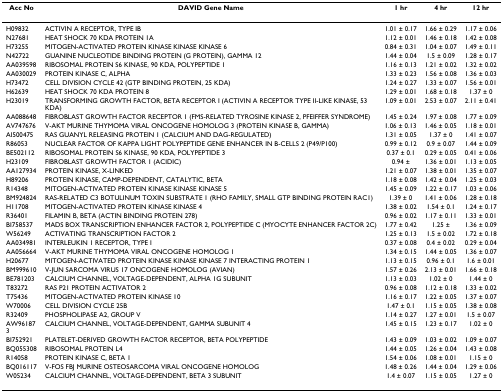
<table><thead><tr><td><b>Acc No</b></td><td><b>DAVID Gene Name</b></td><td><b>1 hr</b></td><td><b>4 hr</b></td><td><b>12 hr</b></td></tr></thead><tbody><tr><td>H09832</td><td>ACTIVIN A RECEPTOR, TYPE IB</td><td>1.01 ± 0.17</td><td>1.66 ± 0.29</td><td>1.17 ± 0.06</td></tr><tr><td>N27681</td><td>HEAT SHOCK 70 KDA PROTEIN 1A</td><td>1.12 ± 0.01</td><td>1.46 ± 0.18</td><td>1.42 ± 0.08</td></tr><tr><td>H73255</td><td>MITOGEN-ACTIVATED PROTEIN KINASE KINASE KINASE 6</td><td>0.84 ± 0.31</td><td>1.04 ± 0.07</td><td>1.49 ± 0.11</td></tr><tr><td>N42722</td><td>GUANINE NUCLEOTIDE BINDING PROTEIN (G PROTEIN), GAMMA 12</td><td>1.44 ± 0.04</td><td>1.5 ± 0.09</td><td>1.28 ± 0.17</td></tr><tr><td>AA039598</td><td>RIBOSOMAL PROTEIN S6 KINASE, 90 KDA, POLYPEPTIDE 1</td><td>1.16 ± 0.13</td><td>1.21 ± 0.02</td><td>1.32 ± 0.02</td></tr><tr><td>AA030029</td><td>PROTEIN KINASE C, ALPHA</td><td>1.33 ± 0.23</td><td>1.56 ± 0.08</td><td>1.36 ± 0.03</td></tr><tr><td>H73472</td><td>CELL DIVISION CYCLE 42 (GTP BINDING PROTEIN, 25 KDA)</td><td>1.24 ± 0.27</td><td>1.33 ± 0.07</td><td>1.56 ± 0.01</td></tr><tr><td>H62639</td><td>HEAT SHOCK 70 KDA PROTEIN 8</td><td>1.29 ± 0.01</td><td>1.68 ± 0.18</td><td>1.37 ± 0</td></tr><tr><td>H23019</td><td>TRANSFORMING GROWTH FACTOR, BETA RECEPTOR I (ACTIVIN A RECEPTOR TYPE II-LIKE KINASE, 53 KDA)</td><td>1.09 ± 0.01</td><td>2.53 ± 0.07</td><td>2.11 ± 0.41</td></tr><tr><td>AA088648</td><td>FIBROBLAST GROWTH FACTOR RECEPTOR 1 (FMS-RELATED TYROSINE KINASE 2, PFEIFFER SYNDROME)</td><td>1.45 ± 0.24</td><td>1.97 ± 0.08</td><td>1.77 ± 0.09</td></tr><tr><td>AV747676</td><td>V-AKT MURINE THYMOMA VIRAL ONCOGENE HOMOLOG 3 (PROTEIN KINASE B, GAMMA)</td><td>1.06 ± 0.13</td><td>1.46 ± 0.05</td><td>1.18 ± 0.01</td></tr><tr><td>AI500475</td><td>RAS GUANYL RELEASING PROTEIN 1 (CALCIUM AND DAG-REGULATED)</td><td>1.31 ± 0.05</td><td>1.37 ± 0</td><td>1.41 ± 0.07</td></tr><tr><td>R86053</td><td>NUCLEAR FACTOR OF KAPPA LIGHT POLYPEPTIDE GENE ENHANCER IN B-CELLS 2 (P49/P100)</td><td>0.99 ± 0.12</td><td>0.9 ± 0.07</td><td>1.44 ± 0.09</td></tr><tr><td>BE502112</td><td>RIBOSOMAL PROTEIN S6 KINASE, 90 KDA, POLYPEPTIDE 3</td><td>0.37 ± 0.1</td><td>0.29 ± 0.05</td><td>0.41 ± 0.06</td></tr><tr><td>H23109</td><td>FIBROBLAST GROWTH FACTOR 1 (ACIDIC)</td><td>0.94 ±</td><td>1.36 ± 0.01</td><td>1.13 ± 0.05</td></tr><tr><td>AA127934</td><td>PROTEIN KINASE, X-LINKED</td><td>1.21 ± 0.07</td><td>1.38 ± 0.01</td><td>1.35 ± 0.07</td></tr><tr><td>H89206</td><td>PROTEIN KINASE, CAMP-DEPENDENT, CATALYTIC, BETA</td><td>1.18 ± 0.08</td><td>1.42 ± 0.04</td><td>1.25 ± 0.03</td></tr><tr><td>R14348</td><td>MITOGEN-ACTIVATED PROTEIN KINASE KINASE KINASE 5</td><td>1.45 ± 0.09</td><td>1.22 ± 0.17</td><td>1.03 ± 0.06</td></tr><tr><td>BM924824</td><td>RAS-RELATED C3 BOTULINUM TOXIN SUBSTRATE 1 (RHO FAMILY, SMALL GTP BINDING PROTEIN RAC1)</td><td>1.39 ± 0</td><td>1.41 ± 0.06</td><td>1.28 ± 0.18</td></tr><tr><td>H11708</td><td>MITOGEN-ACTIVATED PROTEIN KINASE KINASE 4</td><td>1.38 ± 0.02</td><td>1.54 ± 0.1</td><td>1.24 ± 0.17</td></tr><tr><td>R36401</td><td>FILAMIN B, BETA (ACTIN BINDING PROTEIN 278)</td><td>0.96 ± 0.02</td><td>1.17 ± 0.11</td><td>1.33 ± 0.01</td></tr><tr><td>BI758537</td><td>MADS BOX TRANSCRIPTION ENHANCER FACTOR 2, POLYPEPTIDE C (MYOCYTE ENHANCER FACTOR 2C)</td><td>1.77 ± 0.42</td><td>1.25 ±</td><td>1.36 ± 0.09</td></tr><tr><td>W56249</td><td>ACTIVATING TRANSCRIPTION FACTOR 2</td><td>1.25 ± 0.13</td><td>1.5 ± 0.02</td><td>1.72 ± 0.18</td></tr><tr><td>AA034981</td><td>INTERLEUKIN 1 RECEPTOR, TYPE I</td><td>0.37 ± 0.08</td><td>0.4 ± 0.02</td><td>0.29 ± 0.04</td></tr><tr><td>AA056664</td><td>V-AKT MURINE THYMOMA VIRAL ONCOGENE HOMOLOG 1</td><td>1.34 ± 0.15</td><td>1.44 ± 0.05</td><td>1.36 ± 0.07</td></tr><tr><td>H20677</td><td>MITOGEN-ACTIVATED PROTEIN KINASE KINASE KINASE 7 INTERACTING PROTEIN 1</td><td>1.13 ± 0.15</td><td>0.96 ± 0.1</td><td>1.6 ± 0.01</td></tr><tr><td>BM999610</td><td>V-JUN SARCOMA VIRUS 17 ONCOGENE HOMOLOG (AVIAN)</td><td>1.57 ± 0.26</td><td>2.13 ± 0.01</td><td>1.66 ± 0.18</td></tr><tr><td>BE781203</td><td>CALCIUM CHANNEL, VOLTAGE-DEPENDENT, ALPHA 1G SUBUNIT</td><td>1.13 ± 0.03</td><td>1.02 ± 0</td><td>1.44 ± 0</td></tr><tr><td>T83272</td><td>RAS P21 PROTEIN ACTIVATOR 2</td><td>0.96 ± 0.08</td><td>1.12 ± 0.18</td><td>1.33 ± 0.02</td></tr><tr><td>T75436</td><td>MITOGEN-ACTIVATED PROTEIN KINASE 10</td><td>1.16 ± 0.17</td><td>1.22 ± 0.05</td><td>1.37 ± 0.07</td></tr><tr><td>W70006</td><td>CELL DIVISION CYCLE 25B</td><td>1.47 ± 0.1</td><td>1.15 ± 0.05</td><td>1.38 ± 0.08</td></tr><tr><td>R32409</td><td>PHOSPHOLIPASE A2, GROUP V</td><td>1.14 ± 0.27</td><td>1.27 ± 0.01</td><td>1.5 ± 0.07</td></tr><tr><td>AW961873</td><td>CALCIUM CHANNEL, VOLTAGE-DEPENDENT, GAMMA SUBUNIT 4</td><td>1.45 ± 0.15</td><td>1.23 ± 0.17</td><td>1.02 ± 0</td></tr><tr><td>BI752921</td><td>PLATELET-DERIVED GROWTH FACTOR RECEPTOR, BETA POLYPEPTIDE</td><td>1.43 ± 0.09</td><td>1.03 ± 0.02</td><td>1.09 ± 0.07</td></tr><tr><td>BQ055308</td><td>RIBOSOMAL PROTEIN L4</td><td>1.44 ± 0.05</td><td>1.26 ± 0.04</td><td>1.43 ± 0.08</td></tr><tr><td>R14058</td><td>PROTEIN KINASE C, BETA 1</td><td>1.54 ± 0.06</td><td>1.08 ± 0.01</td><td>1.15 ± 0</td></tr><tr><td>BQ016117</td><td>V-FOS FBJ MURINE OSTEOSARCOMA VIRAL ONCOGENE HOMOLOG</td><td>1.48 ± 0.26</td><td>1.44 ± 0.04</td><td>1.29 ± 0.06</td></tr><tr><td>W05234</td><td>CALCIUM CHANNEL, VOLTAGE-DEPENDENT, BETA 3 SUBUNIT</td><td>1.4 ± 0.07</td><td>1.15 ± 0.05</td><td>1.27 ± 0</td></tr></tbody></table>